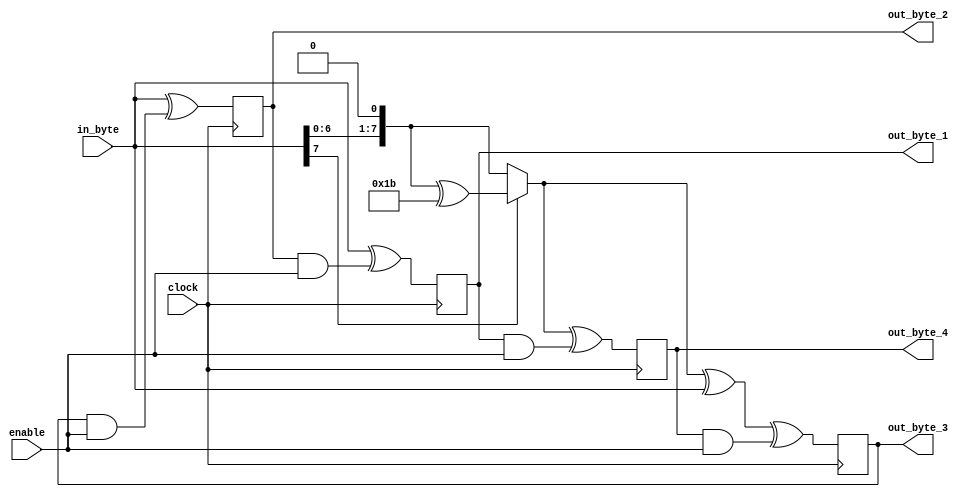
`timescale 1ns / 1ps

module mixColumns_v1(in_byte, clock, enable, out_byte_1, out_byte_2, out_byte_3, out_byte_4);


input [7:0] in_byte;
input [7:0] enable;
input clock;
output reg [7:0] out_byte_1=8'b00000000;
output reg [7:0] out_byte_2=8'b00000000;
output reg [7:0] out_byte_3=8'b00000000;
output reg [7:0] out_byte_4=8'b00000000;

reg [7:0] test1;
reg [7:0] test2;
reg [7:0] test3;
reg [7:0] test4;
reg [7:0] test5;
reg [7:0] test6;


//This function multiples the input by 2
function [7:0] mult2;
input [7:0] num;
begin
    if (num [7] == 1) 
        mult2 = (num << 1) ^ 8'h1b;
    else 
        mult2 = num << 1;
end
endfunction

//This function multiplies the input by 3
function [7:0] mult3;
input [7:0] num;
begin
    mult3 = mult2(num) ^ num;
end 
endfunction


always @(posedge clock) begin
    //blocking assigment is used to ensure that all the old register values are used to determine the new ones
    //test1 = out_byte_2 & enable;
    //test2 = out_byte_3 & enable;
    //test3 = out_byte_4 & enable;
    //test5 = mult2(in_byte);
    //test6 = mult3(in_byte);
    test4 = out_byte_1 & enable;
    
    out_byte_1 = in_byte ^ (out_byte_2 & enable);
    out_byte_2 = in_byte ^ (out_byte_3 & enable);
    out_byte_3 = mult3(in_byte) ^ (out_byte_4 & enable);
    //out_byte_4 = mult2(in_byte) ^ (out_byte_1 & enable);
    out_byte_4 = mult2(in_byte) ^ test4;
    
    

end 


endmodule